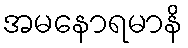
အမနောရမာနိ